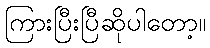
ကြားပြီးပြီဆိုပါတော့။